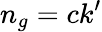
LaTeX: n_{g}=ck^{\prime}